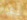
شكرا